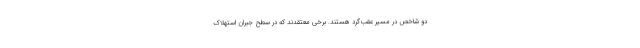
دو شاخص در مسیر عقب‌گرد هستند. برخی معتقدند که در سطح جبران استهلاک